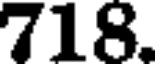
718.